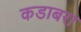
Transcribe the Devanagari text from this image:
कडाबरा